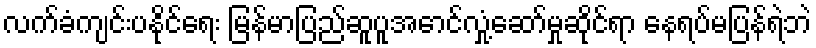
လက်ခံကျင်းပနိုင်ရေး မြန်မာပြည်ဆူပူအောင်လှုံ့ဆော်မှုဆိုင်ရာ နေရပ်မပြန်ရဲဘဲ